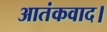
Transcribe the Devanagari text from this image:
आतंकवाद।